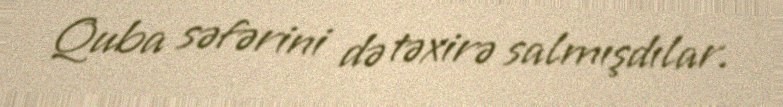
Quba səfərini də təxirə salmışdılar.